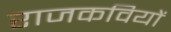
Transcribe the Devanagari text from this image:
राजकवियों